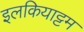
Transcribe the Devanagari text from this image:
इलकियाट्टम